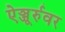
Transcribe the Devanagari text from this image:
ऐञ्जूर्रुवर